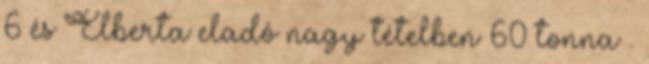
6 és Elberta eladó nagy tételben 60 tonna .